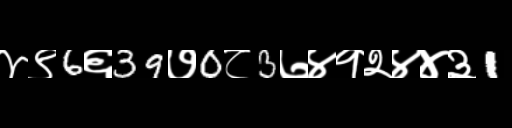
Text: ४९6६39७0८3७४१२४४३1